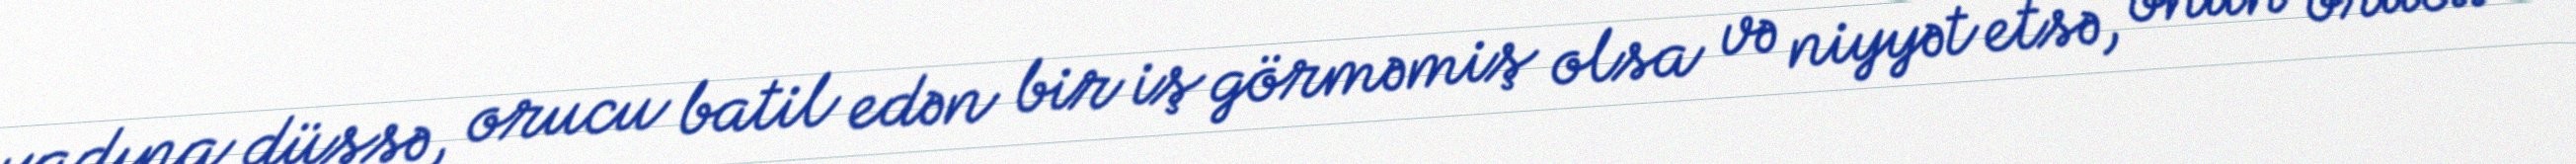
yadına düşsə, orucu batil edən bir iş görməmiş olsa və niyyət etsə, onun orucu